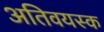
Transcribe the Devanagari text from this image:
अतिवयस्क